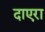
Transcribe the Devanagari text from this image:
दाएरा